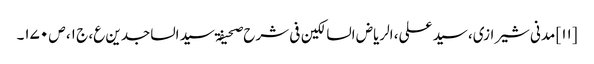
[۱۱] مدنی شیرازی، سید علی، الریاض السالکین فی شرح صحیفۃ سید الساجدین ع، ج ۱، ص ۱۷۰۔